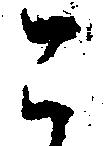
こ